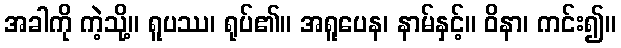
အခါကို ကဲ့သို့။ ရူပဿ၊ ရုပ်၏။ အရူပေန၊ နာမ်နှင့်။ ဝိနာ၊ ကင်း၍။